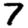
Digit: 7